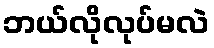
ဘယ်လိုလုပ်မလဲ